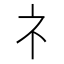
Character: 礻